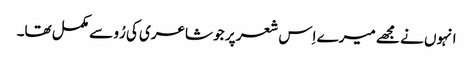
انہوں نے مجھے میرے اِس شعر پر جو شاعری کی رُو سے مکمل تھا۔